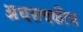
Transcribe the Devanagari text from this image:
अधस्त्वकीय